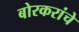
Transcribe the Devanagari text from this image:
बोरकरांचे